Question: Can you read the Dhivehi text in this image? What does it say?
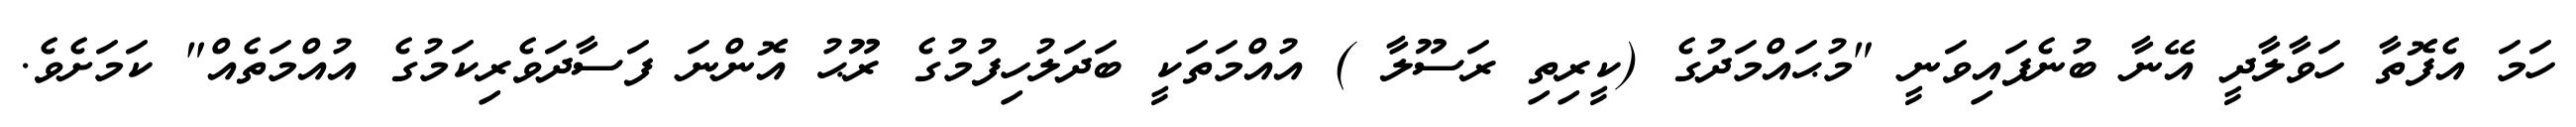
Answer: ހަމަ އެފޮތާ ހަވާލާދީ އޭނާ ބުނެފައިވަނީ "މުޙައްމަދުގެ (ކީރިތި ރަސޫލާ ) އުއްމަތަކީ ބަދަލުހިފުމުގެ ރޫޙު އޮންނަ ފަސާދަވެރިކަމުގެ އުއްމަތެއް" ކަމަށެވެ.